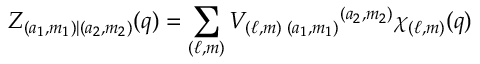
Z _ { ( a _ { 1 } , m _ { 1 } ) | ( a _ { 2 } , m _ { 2 } ) } ( q ) = \sum _ { ( \ell , m ) } V _ { ( \ell , m ) \; ( a _ { 1 } , m _ { 1 } ) } { } ^ { ( a _ { 2 } , m _ { 2 } ) } \chi _ { ( \ell , m ) } ( q )